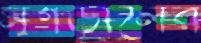
মগডালের